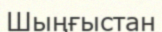
Шыңғыстан